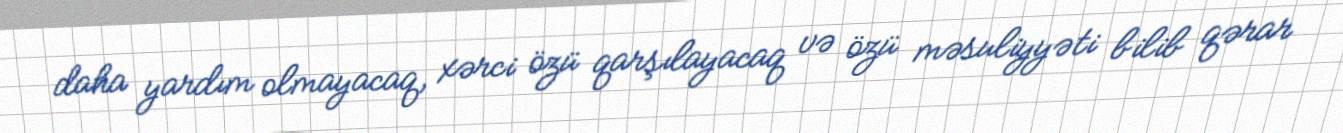
daha yardım olmayacaq, xərci özü qarşılayacaq və özü məsuliyyəti bilib qərar